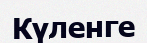
Күленге